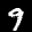
Label: 9